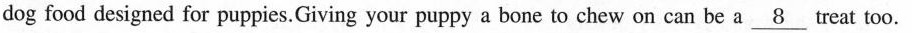
dog food designed for puppies.Giving your puppy a bone to chew on can be a \underline{8} treat too.